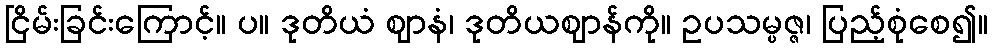
ငြိမ်းခြင်းကြောင့်။ ပ။ ဒုတိယံ ဈာနံ၊ ဒုတိယဈာန်ကို။ ဥပသမ္ပဇ္ဇ၊ ပြည့်စုံစေ၍။